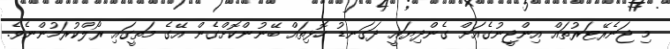
މި ޖަނެރޭޓަރުތައް އިންޖީނުގެއަށް ގެންދިޔައީ ދަގަނޑު ހޮޅިތައް ބޭނުންކޮށްގެން އޭގެ މަތީގައި ރޯލްކުރަމުންނެވެ.